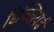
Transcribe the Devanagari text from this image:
डिक्लियर्ड